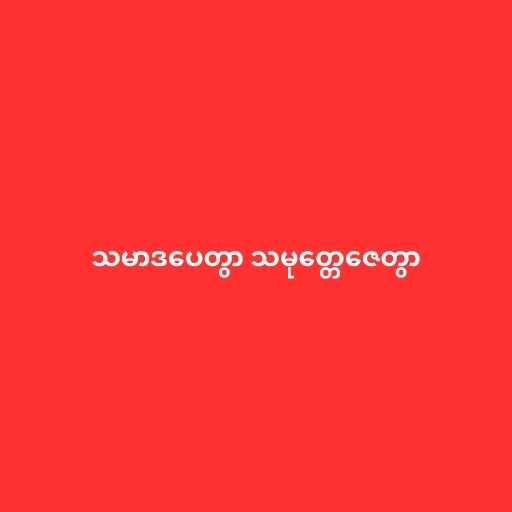
သမာဒပေတွာ သမုတ္တေဇေတွာ